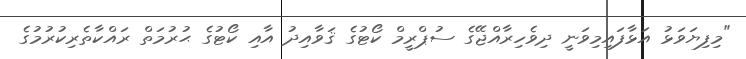
"މިފިޔަވަޅު އަޅާފައިމިވަނީ ދިވެހިރާއްޖޭގެ ސުޕްރީމް ކޯޓުގެ ޤަވާއިދު އާއި ކޯޓުގެ ޙުރުމަތް ރައްކާތެރިކުރުމުގެ